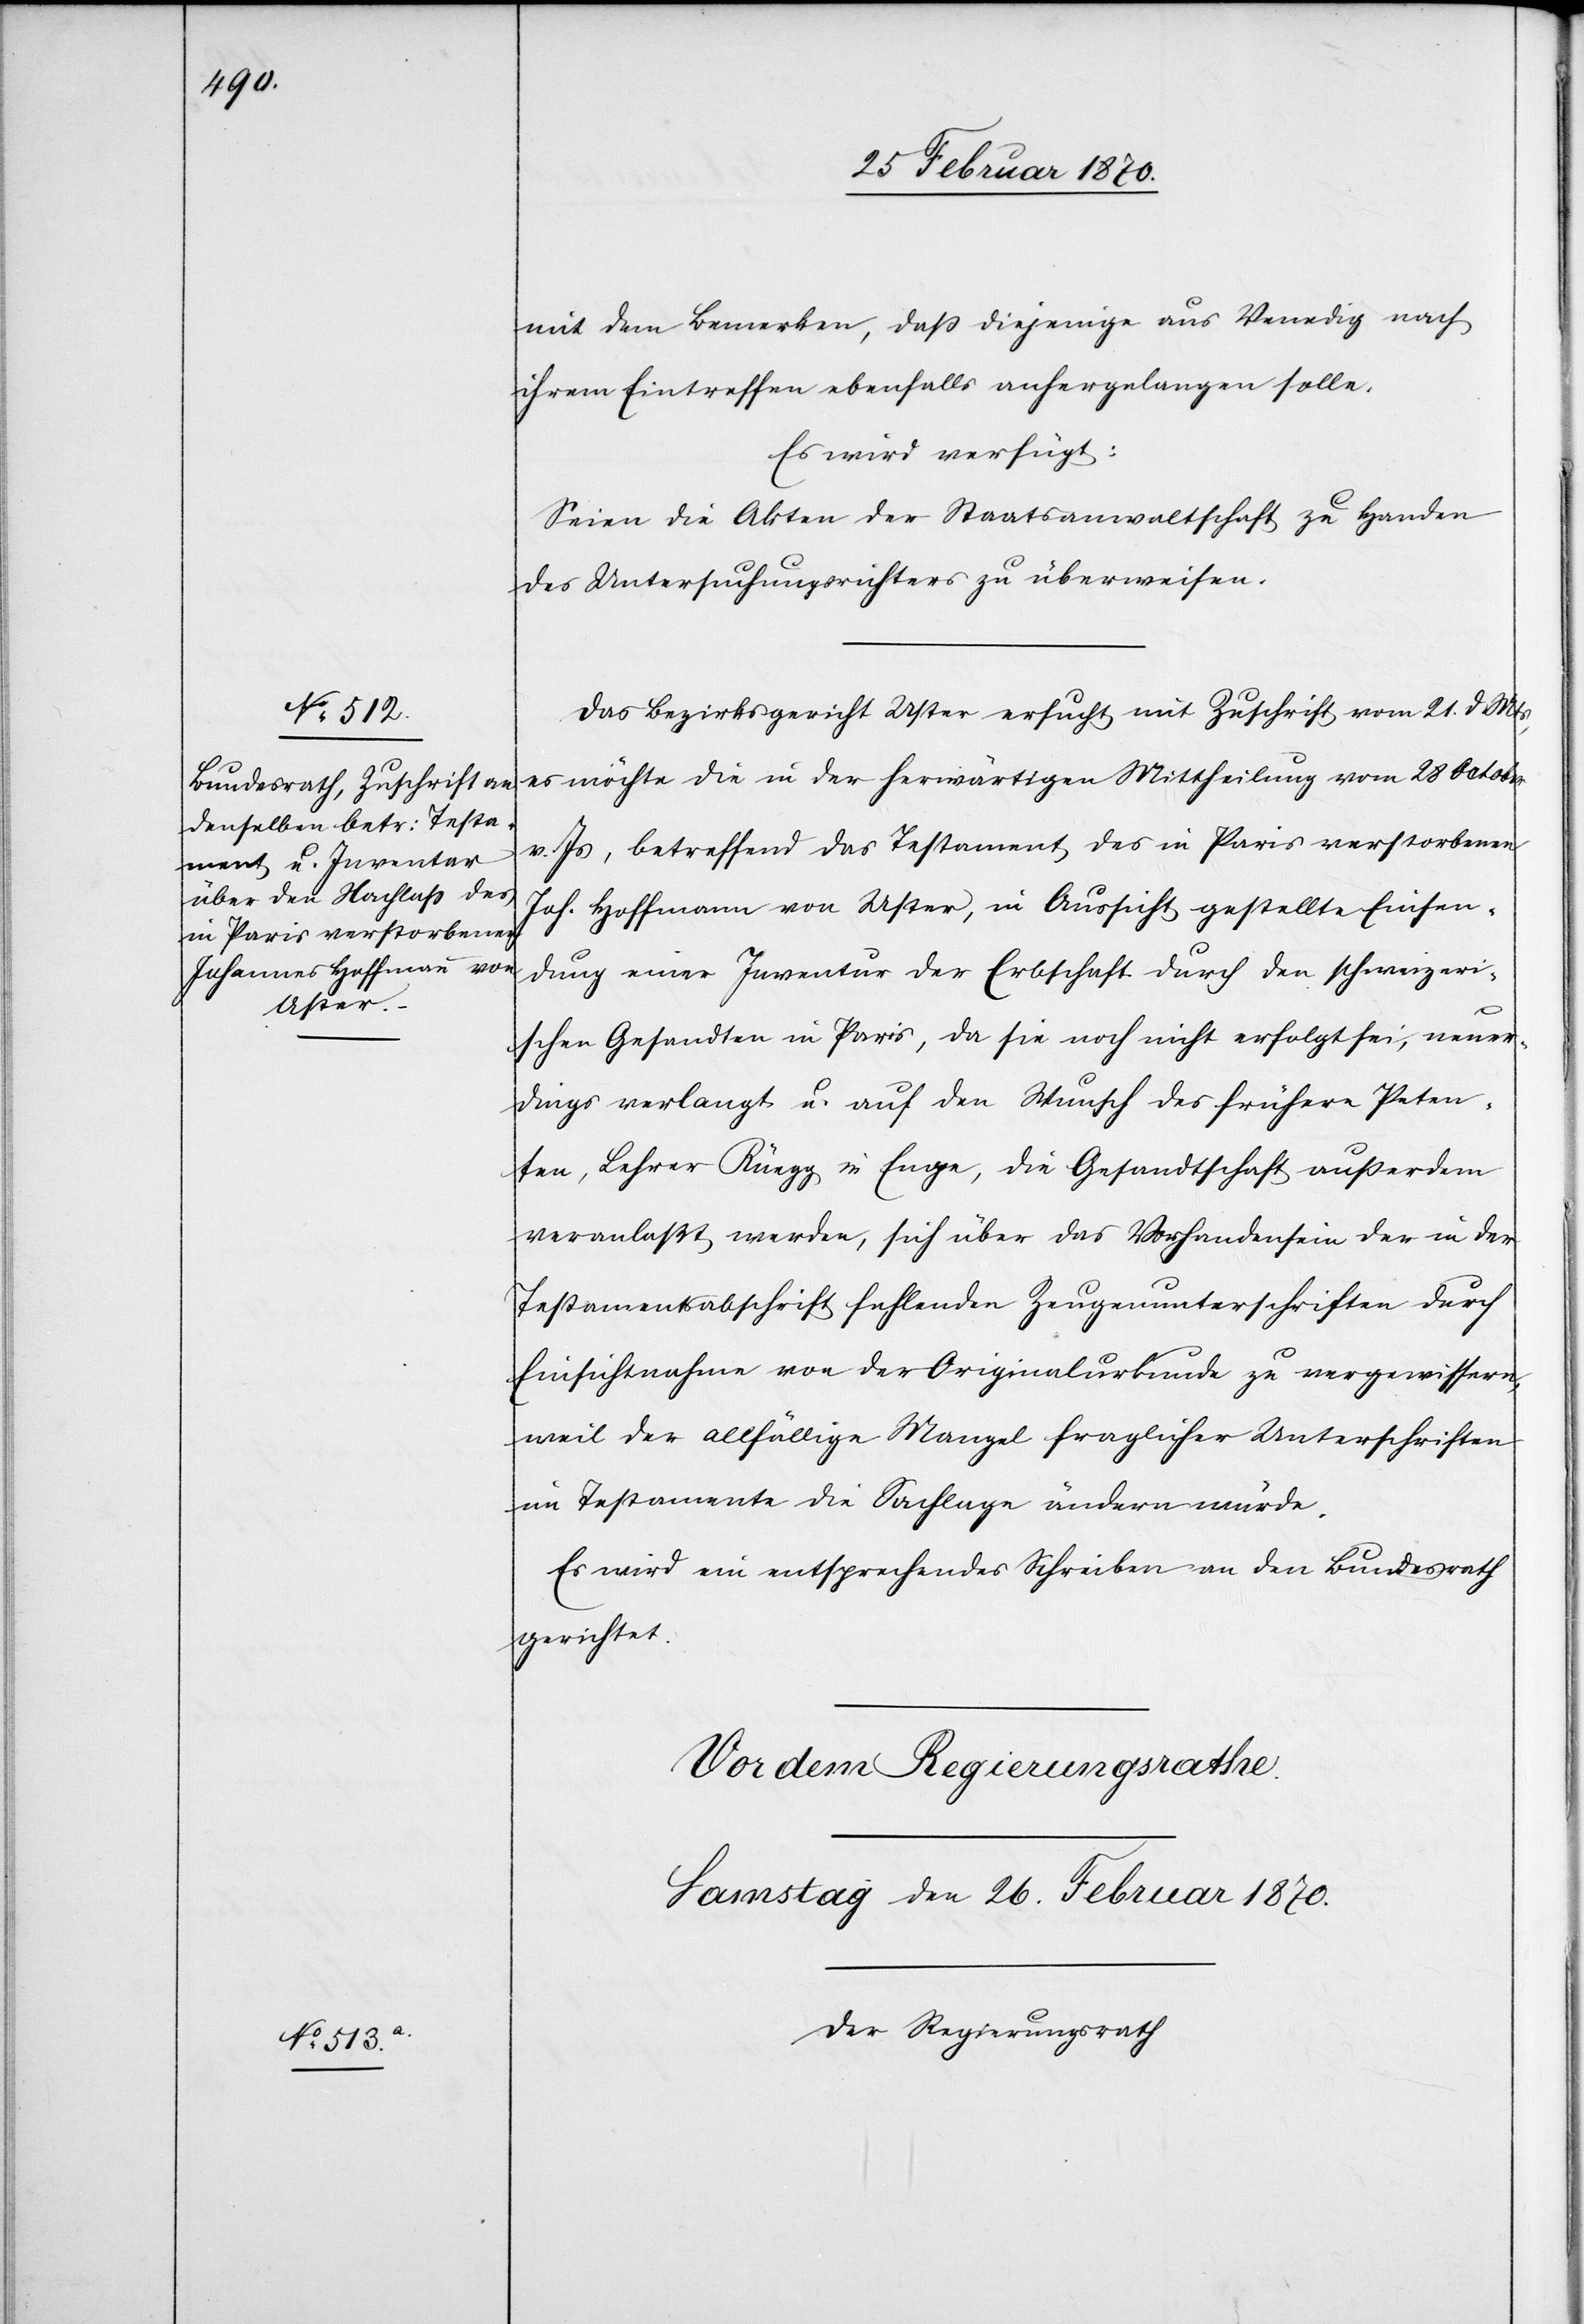
25 Februar 1870.]
mit dem Bemerken, daß diejenige aus Venedig nach
ihrem Eintreffen ebenfalls anhergelangen solle.
Es wird verfügt:
Seien die Akten der Staatsanwaltschaft zu Handen
des Untersuchungsrichters zu überweisen.
Das Bezirksgericht Uster ersucht mit Zuschrift vom 21. d Mts,
es möchte die in der herwärtigen Mittheilung vom 28 October
v. Js, betreffend das Testament des in Paris verstorbenen
Joh. Hoffmann von Uster, in Aussicht gestellte Einsen¬
dung einer Inventur der Erbschaft durch den schweizeri¬
schen Gesandten in Paris, da sie noch nicht erfolgt sei, neuer¬
dings verlangt u. auf den Wunsch des frühern Peten¬
ten, Lehrer Rüegg in Enge, die Gesandtschaft außerdem
veranlaßt werden, sich über das Vorhandensein der in der
Testamentsabschrift fehlenden Zeugenunterschriften durch
Einsichtnahme von der Originalurkunde zu vergewissern,
weil der allfällige Mangel fraglicher Unterschriften
im Testamente die Sachlage ändern würde.
Es wird ein entsprechendes Schreiben an den Bundesrath
gerichtet.
Der Regierungsrath